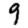
Digit: 9